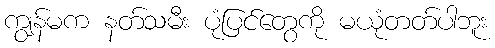
ကျွန်မက နတ်သမီး ပုံပြင်တွေကို မယုံတတ်ပါဘူး